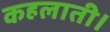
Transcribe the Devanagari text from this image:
कहलाती।